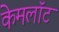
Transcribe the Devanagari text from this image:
केमलॉट